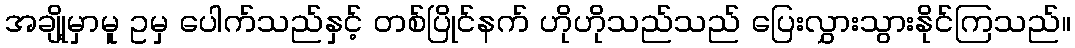
အချို့မှာမူ ဥမှ ပေါက်သည်နှင့် တစ်ပြိုင်နက် ဟိုဟိုသည်သည် ပြေးလွှားသွားနိုင်ကြသည်။